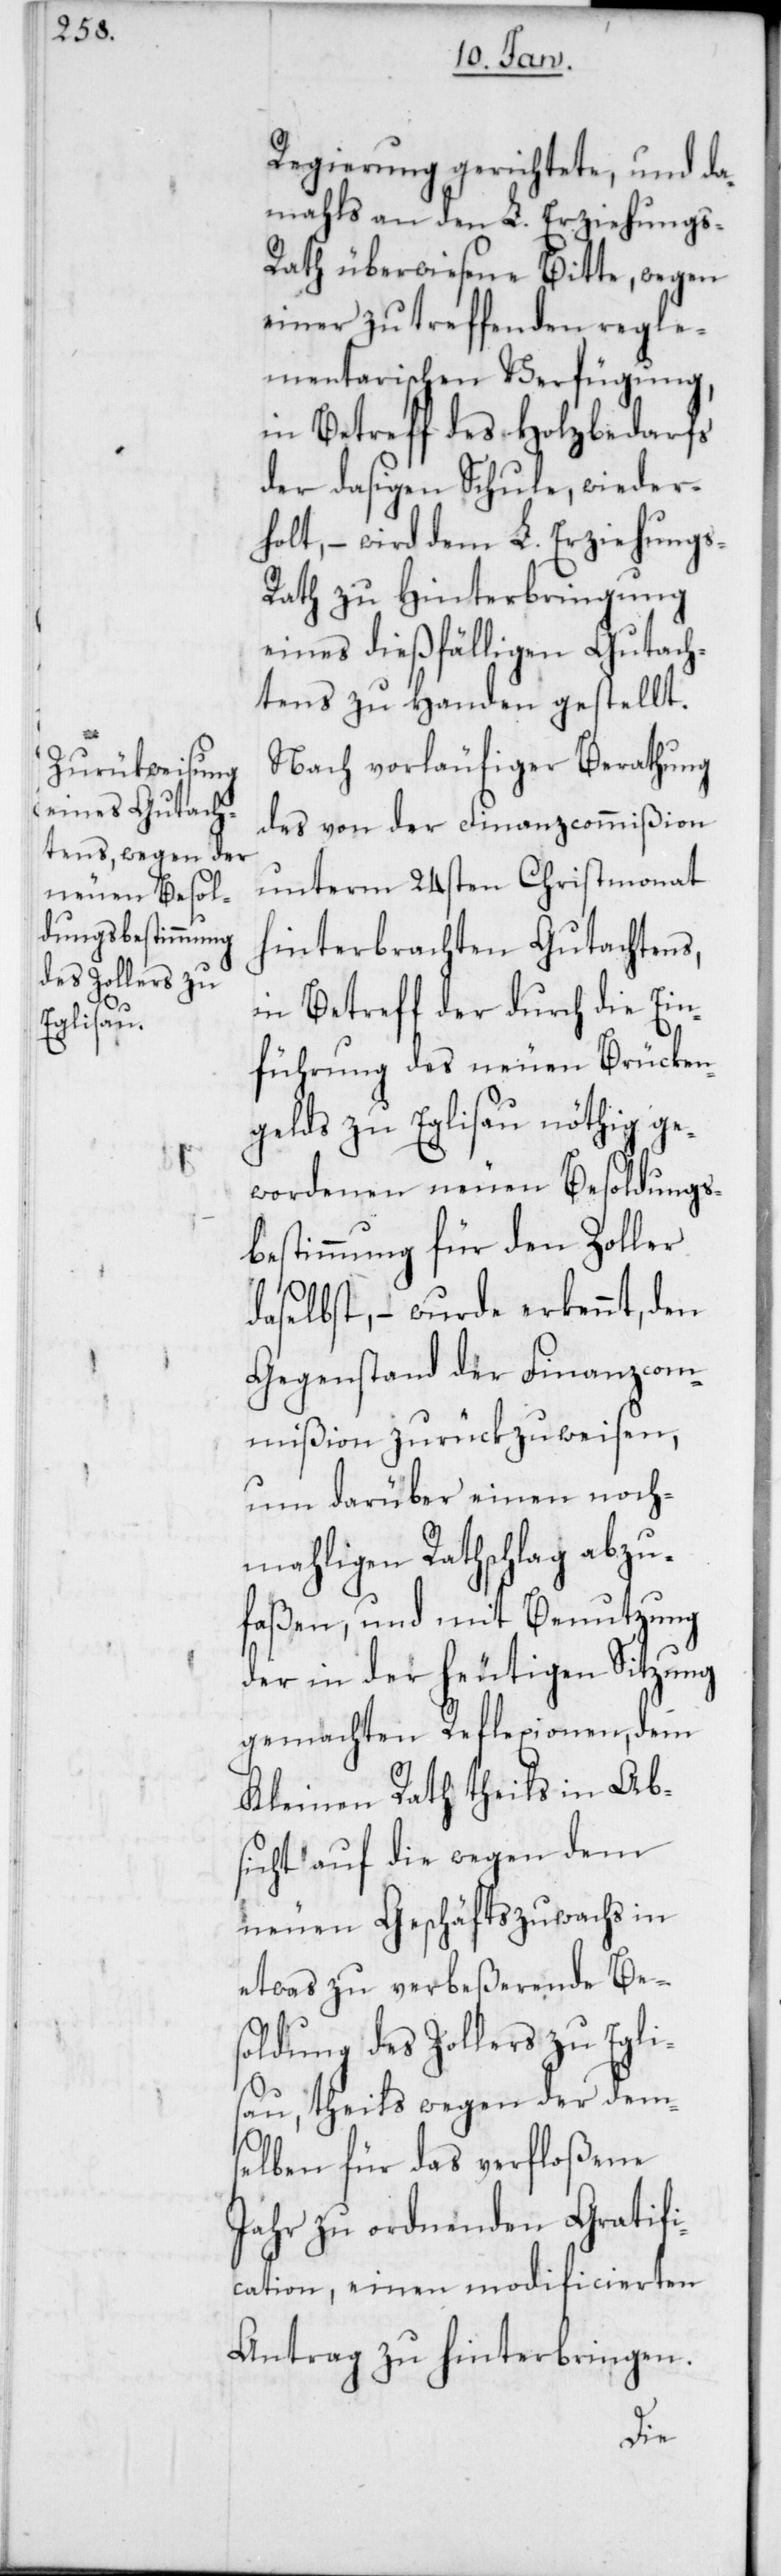
Regierung gerichtete, und da¬
mahls an den L. Erziehungs-R¬
ath überwiesene Bitte, wegen
einer zu treffenden regle¬
mentarischen Verfügung,
in Betreff des Holzbedarfs
der dasigen Schule, wieder¬
holt, – wird dem L. Erziehungs-R¬
ath zu Hinterbringung
eines dießfälligen Gutach¬
tens zu Handen gestellt.
Nach vorläufiger Berathung
des von der Finanzcommißion
unterm 24sten Christmonat
hinterbrachten Gutachtens,
in Betreff der durch die Ein¬
führung des neuen Brücken¬
gelds zu Eglisau nöthig ge¬
wordenen neuen Besoldungs¬
bestimmung für den Zoller
daselbst, – wurde erkennt, den
Gegenstand der Finanzcom¬
mißion zurückzuweisen,
um darüber einen noch¬
mahligen Rathschlag abzu¬
faßen, und mit Benutzung
der in der heutigen Sitzung
gemachten Reflexionen, dem
Kleinen Rath theils in Ab¬
sicht auf die wegen dem
neuen Geschäftszuwachs in
etwas zu verbeßerende Be¬
soldung des Zollers zu Egli¬
sau, theils wegen der dem¬
s¬
elben für das verfloßene
Jahr zu ordnenden Gratifi¬
cation, einen modificierten
Antrag zu hinterbringen.